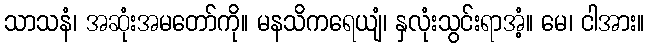
သာသနံ၊ အဆုံးအမတော်ကို။ မနသိကရေယျံ၊ နှလုံးသွင်းရာအံ့။ မေ၊ ငါအား။